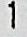
1